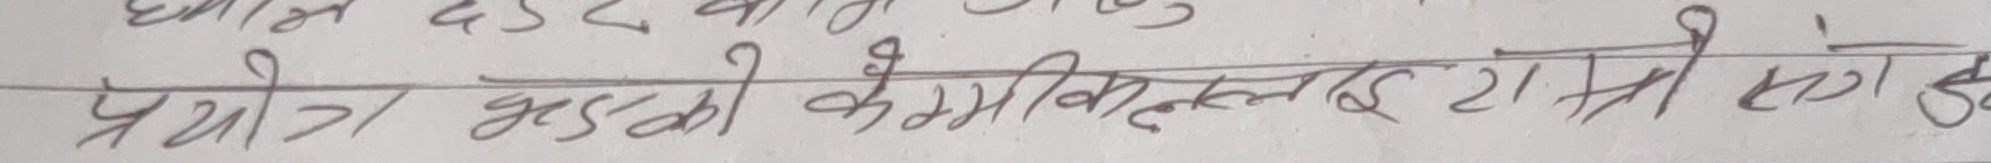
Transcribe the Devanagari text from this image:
प्रयोग झडको केमिकल लाई रामो सौही